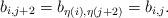
LaTeX: \begin{align*}b_{i,j+2}&=b_{\eta(i),\eta(j+2)} = b_{i,j}.\end{align*}